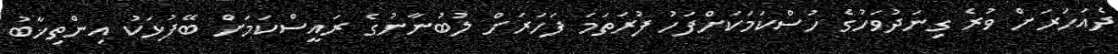
ދެއަހަރަށް ވުރެ ގިނަދުވަހުގެ ހުސްކަމަކަށްފަހު ފުރަތަމަ ފަހަރަށް ލުބުނާނުގެ ރައީސްކަމަށް ބޭފުޅަކު އިންތިޚާބު